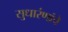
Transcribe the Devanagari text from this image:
सुधारंणांचे